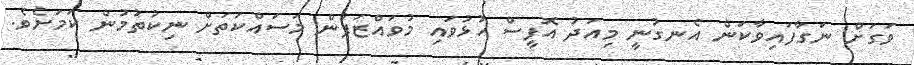
ވަގަށް ނަގާފައިވާކަން އެނގުނީ މިއަދު އޮފީސް ހުޅުވައި މުވައްޒަފުން މަސައްކަތަށް ނިކުތުމުން ކަމަށެވެ.